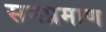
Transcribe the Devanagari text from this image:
समप्रमाण